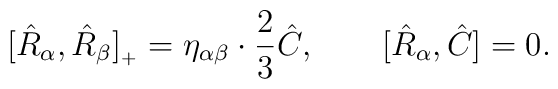
[\hat{R}_\alpha,\hat{R}_\beta]_{{}_+}=\eta_{\alpha\beta}\cdot\frac{2}{3}\hat{C},\qquad[\hat{R}_\alpha,\hat{C}]=0.